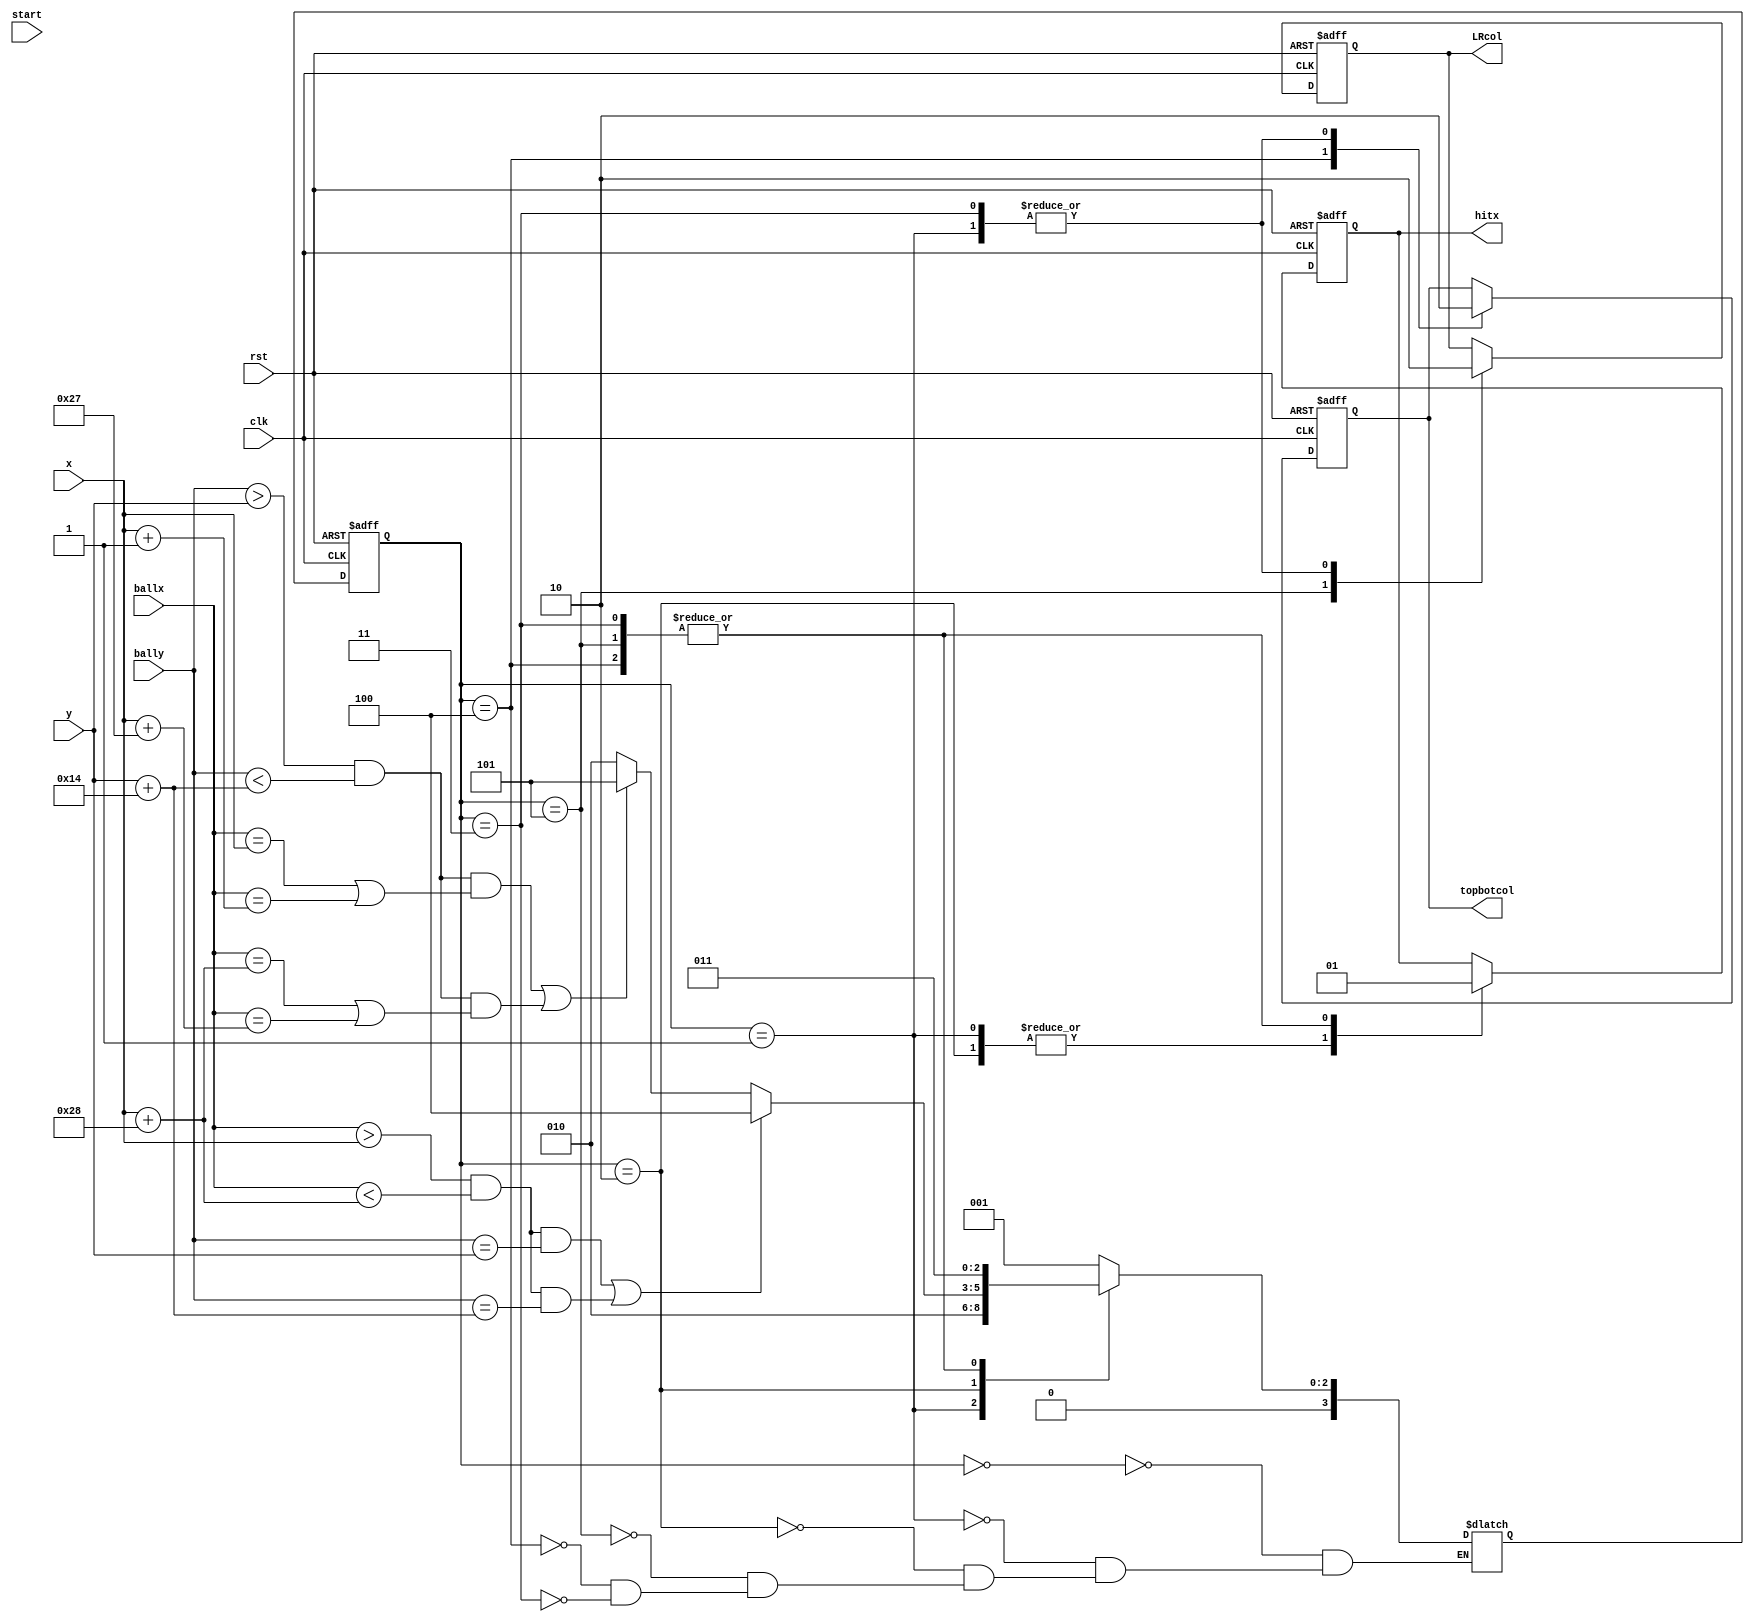

module Block(clk, rst, start, ballx, bally, x, y, hitx, topbotcol, LRcol);
input clk, rst, start;
input [9:0] ballx, bally, x, y;
output reg hitx, topbotcol, LRcol;

reg [3:0] S, NS;

parameter
Start = 4'd0,
init = 4'd1,
display = 4'd2,
hit = 4'd3,
tb = 4'd4,
lr = 4'd5;

always@(posedge clk or negedge rst)
begin
    if(rst == 1'b0)
        S <= Start;
    else
        S <= NS;
end

always@(*)
case(S)
    Start:
        NS = init;
    init:
        NS = display;
    display:
        if((ballx > x && ballx < x + 40 && bally == y) || (ballx > x && ballx < x + 40 && bally == y + 20))
            NS = tb;
        else if((bally > y && bally < y + 20 && (ballx == x || ballx == x + 1)) || (bally > y && bally < y + 20 && (ballx == x + 40 || ballx == x + 39)))
            NS = lr;
		  else
			   NS = display;
	 lr:
		NS = hit;
	 tb:
	   NS = hit;
		
    hit:
        NS = hit;
endcase

always@(posedge clk or negedge rst)
begin
    if(rst == 1'b0)
    begin
        hitx <= 1'b0;
        topbotcol <= 1'b0;
        LRcol <= 1'b0;
    end
    else
    begin
        case(S)
            init:
				begin
                hitx <= 1'b0;
                topbotcol <= 1'b0;
                LRcol <= 1'b0;
				end
            display:
				begin
					 begin
                    hitx <= 1'b0;
					 end
				end
				tb:
				begin

                   topbotcol <= 1'b1;
                   hitx <= 1'b1;
				end
				lr:
				begin
                   LRcol <= 1'b1;
                   hitx <= 1'b1;
				end
            hit:
				begin
                topbotcol <= 1'b0;
                LRcol <= 1'b0;
                hitx <= 1'd1;
				end
        endcase
    end
end
endmodule